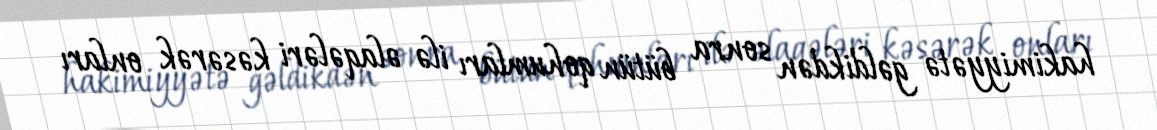
hakimiyyətə gəldikdən sonra bütün qohumları ilə əlaqələri kəsərək onları